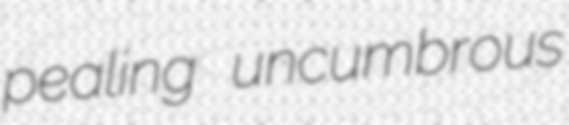
pealing uncumbrous